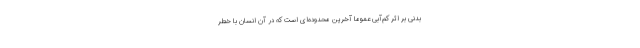
بدنی بر اثر کم‌آبی عموماً آخرین محدوده‌ای است که در آن انسان با خطر